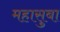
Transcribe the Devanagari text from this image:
महासुबा